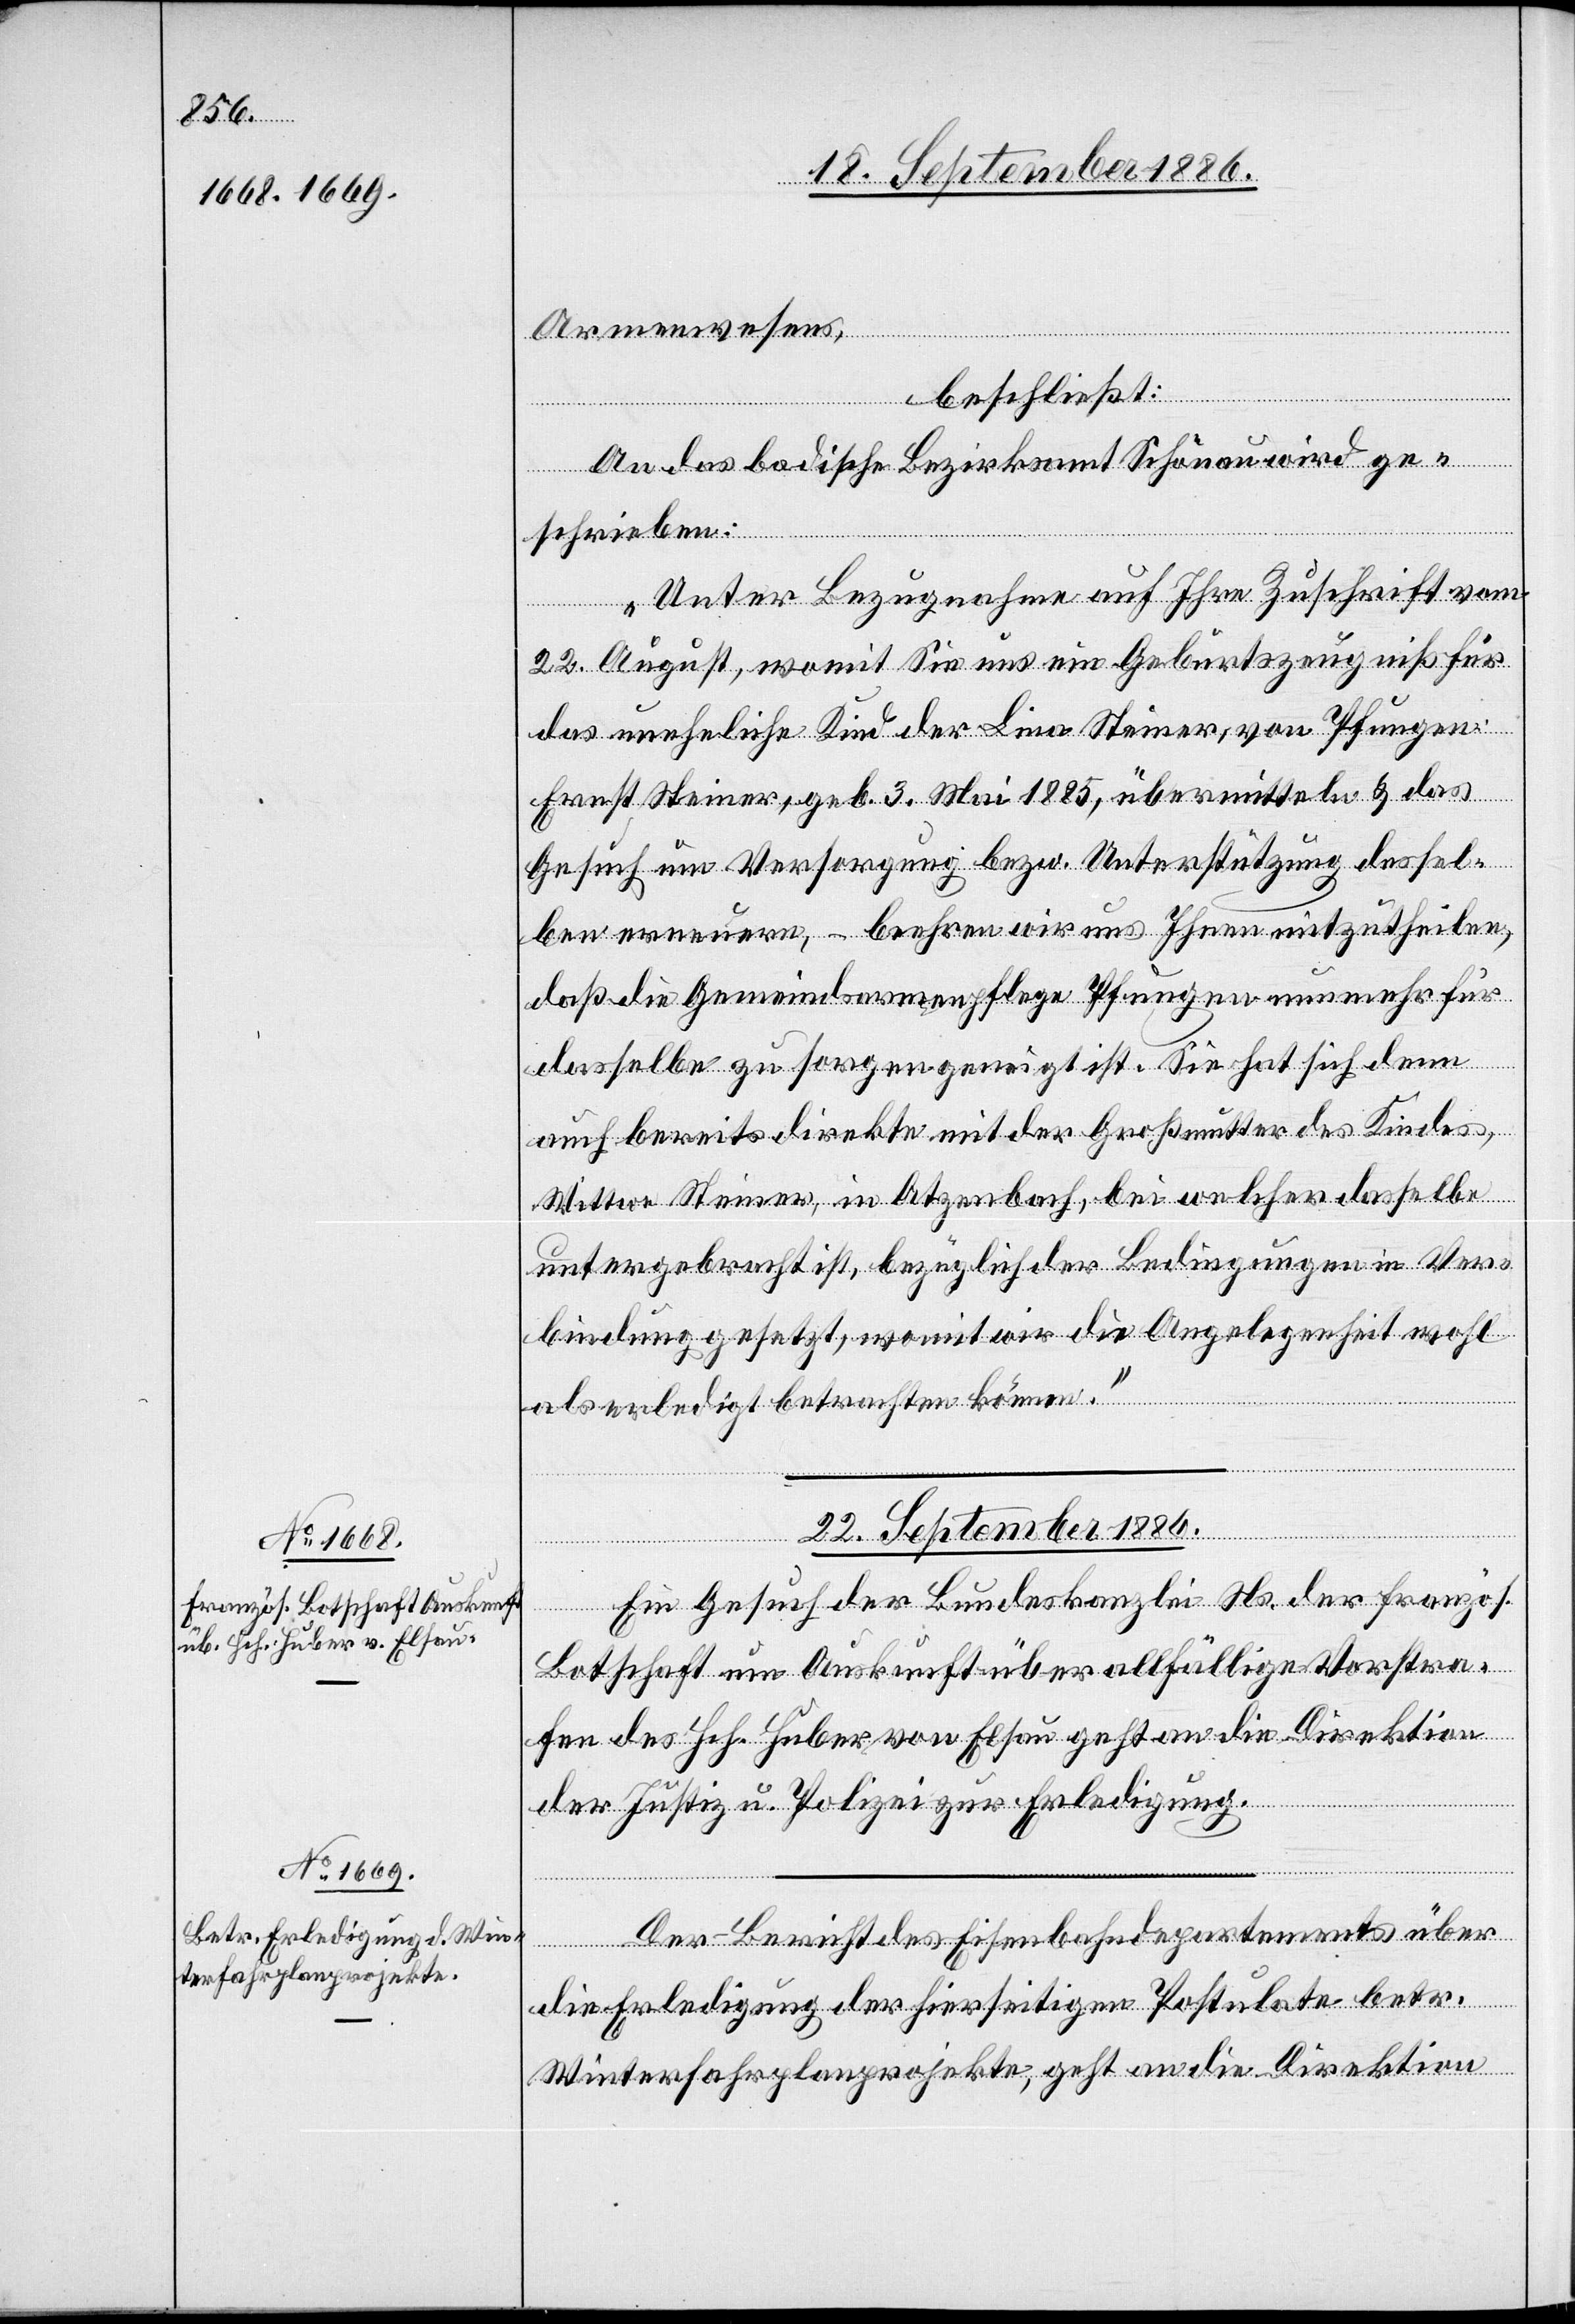
Armenwesens,
beschließt:
An das badische Bezirksamt Schönau wird ge¬
schrieben:
„Unter Bezugnahme auf Ihre Zuschrift vom
22. August, womit Sie uns ein Geburtszeugniß für
das uneheliche Kind der Lina Steiner, von Pfungen:
Ernst Steiner, geb. 3. Mai 1885, übermitteln & das
Gesuch um Versorgung bezw. Unterstützung dessel¬
ben erneuern, – beehren wir uns Ihnen mitzutheilen,
daß die Gemeindsarmenpflege Pfungen nunmehr für
dasselbe zu sorgen geneigt ist. Sie hat sich denn
auch bereits direkte mit der Großmutter des Kindes,
Wittwe Steiner, in Atzenbach, bei welcher dasselbe
untergebracht ist, bezüglich der Bedingungen in Ver¬
bindung gesetzt, womit wir die Angelegenheit wohl
als erledigt betrachten können.“
22. September 1886.]
Ein Gesuch der Bundeskanzlei Ns. der französ.
Botschaft um Auskunft über allfällige Vorstra¬
fen des Hch. Huber von Elsau geht an die Direktion
der Justiz u. Polizei zur Erledigung.
Der Bericht des Eisenbahndepartements über
die Erledigung der hierseitigen Postulate betr.
Winterfahrplanprojekte, geht an die Direktion